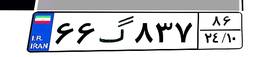
۰۵گ۱۸۵۸۸